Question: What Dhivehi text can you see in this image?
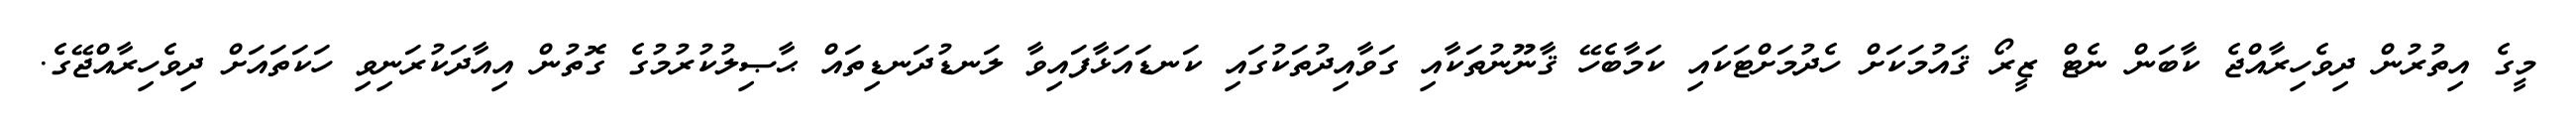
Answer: މީގެ އިތުރުން ދިވެހިރާއްޖެ ކާބަން ނެޓް ޒީރޯ ޤައުމަކަށް ހެދުމަށްޓަކައި ކަމާބެހޭ ޤާނޫނުތަކާއި ގަވާއިދުތަކުގައި ކަނޑައަޅާފައިވާ ލަނޑުދަނޑިތައް ޙާޞިލުކުރުމުގެ ގޮތުން އިއާދަކުރަނިވި ހަކަތައަށް ދިވެހިރާއްޖޭގެ.